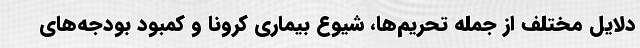
دلایل مختلف از جمله تحریم‌ها، شیوع بیماری کرونا و کمبود بودجه‌های